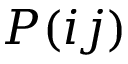
P ( i j )